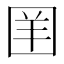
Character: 𪢪